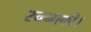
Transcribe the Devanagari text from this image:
रचनाकी।